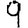
Digit: 9